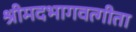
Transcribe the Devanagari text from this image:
श्रीमदभागवत्गीता